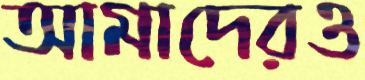
আমাদেরও